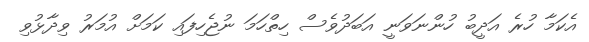
އެކަމާ ހުރެ އަދީބު ހުންނަވަނީ އަބަދުވެސް ހިތްހަމަ ނުޖެހިފައި ކަމަށް އުމަރު ވިދާޅުވި